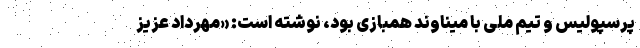
پرسپولیس و تیم ملی با میناوند همبازی بود، نوشته است: «مهرداد عزیز